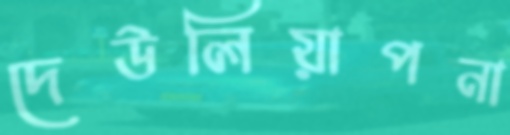
দেউলিয়াপনা